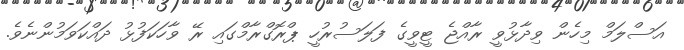
އަސްލަމް މިހެން ވިދާޅުވީ ރާއްޖެ ޓީވީގެ ފަލަސުރުހީ ޕްރޮގްރާމްގައި ރޭ ވާހަކަފުޅު ދައްކަވަމުންނެވެ.